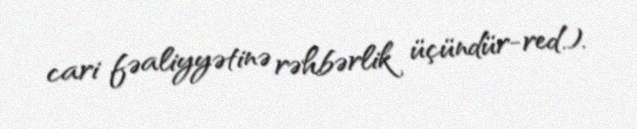
cari fəaliyyətinə rəhbərlik üçündür-red.).